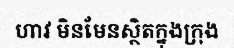
ហាវ មិនមែនស្ថិតក្នុងក្រុង